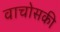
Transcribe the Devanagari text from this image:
वाचोसकी